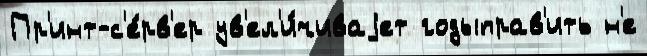
Пр'инт-с'е́рв'ер ув'ел'и́чиваjет годыправ'ить н'е